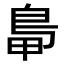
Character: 𪀋